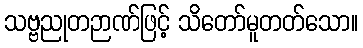
သဗ္ဗညုတဉာဏ်ဖြင့် သိတော်မူတတ်သော။